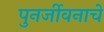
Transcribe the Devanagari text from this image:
पुनर्जीवनाचे